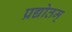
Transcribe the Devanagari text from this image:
प्रद्योतम्